Indian journal of veterinary science and animal husbandry - Volume 13,
Year: 1943
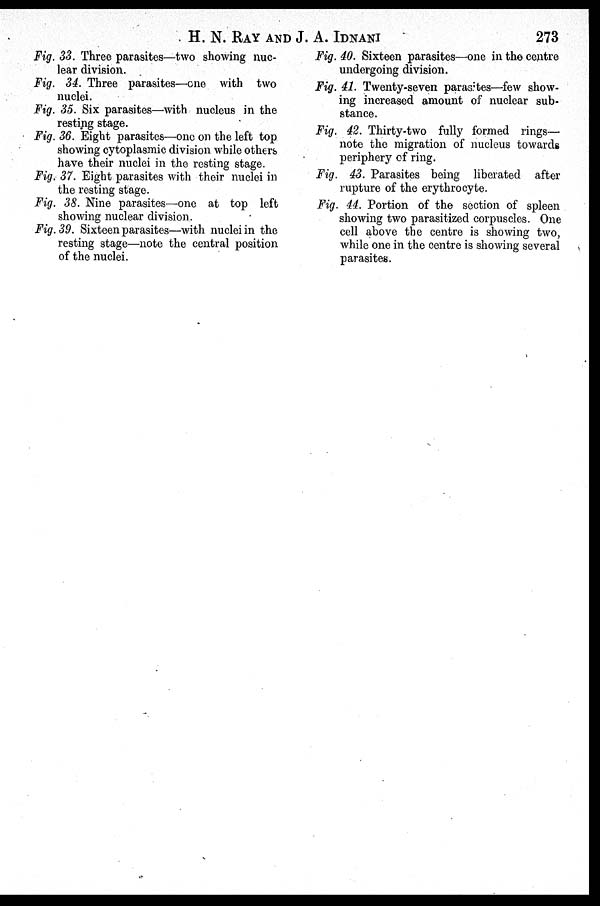
H. N. RAY AND J. A.
IDNANI
273
Fig. 33. Three parasites—two showing nuc-
lear division.
Fig. 34. Three parasites—one with two
nuclei.
Fig. 35. Six parasites—with nucleus in the
resting stage.
Fig. 36. Eight parasites—one on the left top
showing cytoplasmic division while others
have their nuclei in the resting stage.
Fig. 37. Eight parasites with their nuclei in
the resting stage.
Fig. 38. Nine parasites—one at top left
showing nuclear division.
Fig. 39. Sixteen parasites—with nuclei in the
resting stage—note the central position
of the nuclei.
Fig. 40. Sixteen parasites—one in the centre
undergoing division.
Fig. 41. Twenty-seven parasites—few show-
ing increased amount of nuclear sub-
stance.
Fig. 42. Thirty-two fully formed rings—
note the migration of nucleus towards
periphery of ring.
Fig. 43. Parasites being liberated after
rupture of the erythrocyte.
Fig. 44. Portion of the section of spleen
showing two parasitized corpuscles. One
cell above the centre is showing two,
while one in the centre is showing several
parasites.